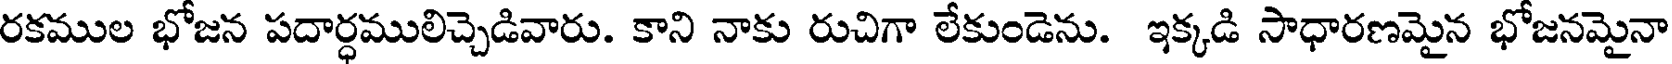
రకముల భోజన పదార్ధములిచ్చెడివారు. కాని నాకు రుచిగా లేకుండెను. ఇక్కడి సాధారణమైన భోజనమైనా